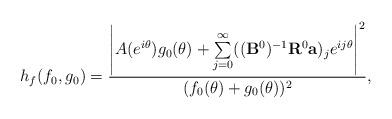
LaTeX: \begin{align*} h_f(f_0,g_0)=\frac{\left|A(e^{i\theta})g_0(\theta)+\sum\limits_{j=0}^{\infty}((\bold{B}^0)^{-1}\bold{R}^0\bold{a})_je^{ij\theta}\right|^2}{(f_0(\theta)+g_0(\theta))^2},\end{align*}